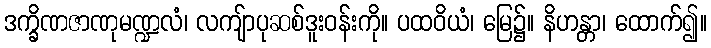
ဒက္ခိဏဇာဏုမဏ္ဍလံ၊ လကျ်ာပုဆစ်ဒူးဝန်းကို။ ပထဝိယံ၊ မြေ၌။ နိဟန္တာ၊ ထောက်၍။